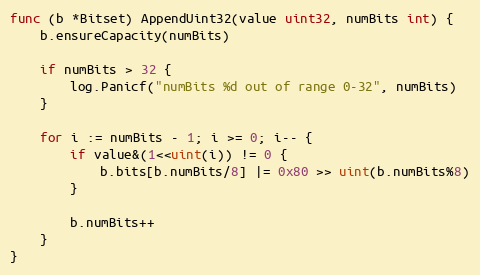
Language: Go
func (b *Bitset) AppendUint32(value uint32, numBits int) {
	b.ensureCapacity(numBits)

	if numBits > 32 {
		log.Panicf("numBits %d out of range 0-32", numBits)
	}

	for i := numBits - 1; i >= 0; i-- {
		if value&(1<<uint(i)) != 0 {
			b.bits[b.numBits/8] |= 0x80 >> uint(b.numBits%8)
		}

		b.numBits++
	}
}